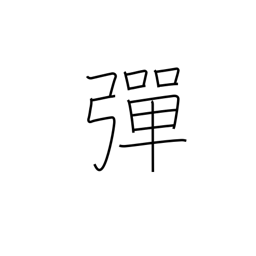
Meaning: bullet